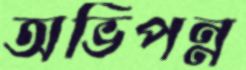
অভিপন্ন